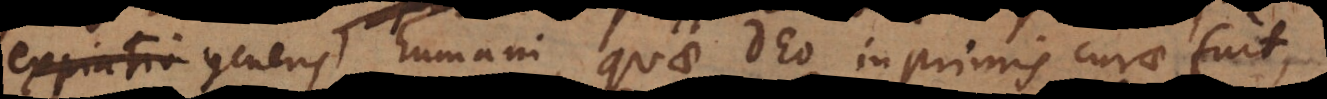
expiatio generis humani, quae Deo inprimis curae fuit,